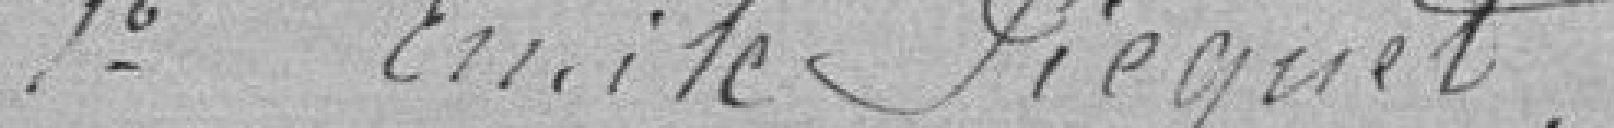
1° Emile Piequet,